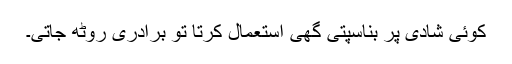
کوئی شادی پر بناسپتی گھی استعمال کرتا تو برادری روٹھ جاتی۔